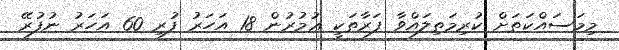
މިމަސައްކަތަށް ކުރިމަތިލައްވާ ފަރާތަކީ ޢުމުރުން 18 އަހަރު ފުރި 60 އަހަރު ނުފުރޭ